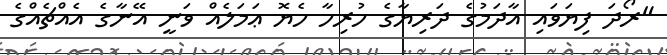
"ރޯދަ ފިޔަވައި އާދަމުގެ ދަރިޔާގެ ހުރިހާ ހެޔޮ ޢަމަލެއް ވަނީ އޭނާގެ އެއްޗެއްގެ